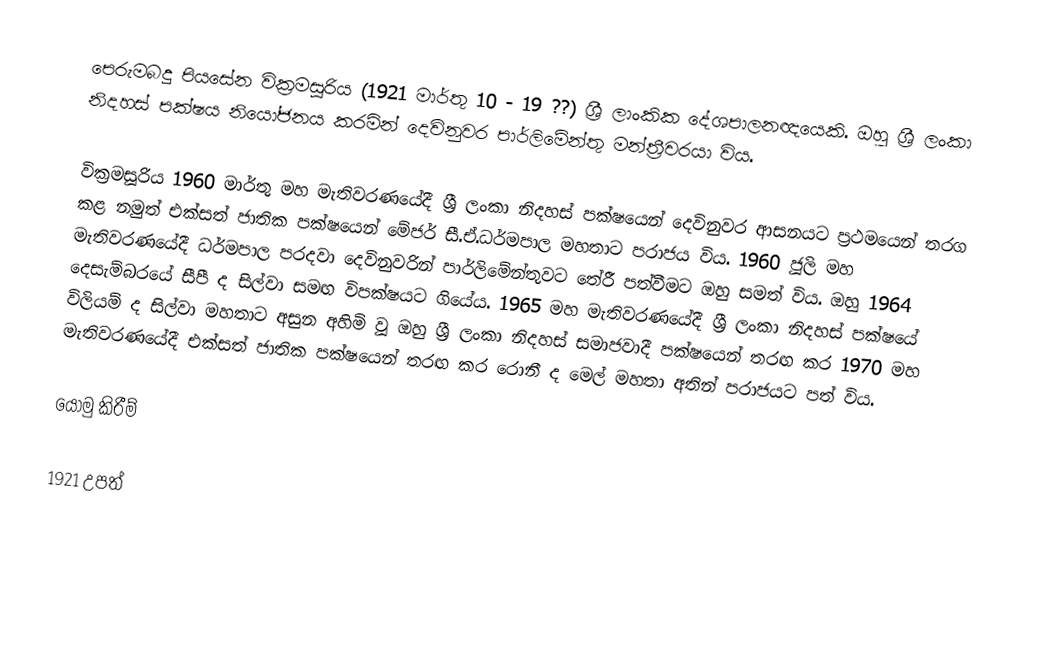
පෙරුමබදු පියසේන වික්‍රමසූරිය (1921 මාර්තු 10 - 19 ??) ශ්‍රී ලාංකික දේශපාලනඥයෙකි. ඔහු ශ්‍රී ලංකා නිදහස් පක්ෂය නියෝජනය කරමින් දෙවිනුවර පාර්ලිමේන්තු මන්ත්‍රීවරයා විය.

වික්‍රමසූරිය 1960 මාර්තු මහ මැතිවරණයේදී ශ්‍රී ලංකා නිදහස් පක්ෂයෙන් දෙවිනුවර ආසනයට ප්‍රථමයෙන් තරග කළ නමුත් එක්සත් ජාතික පක්ෂයෙන් මේජර් සී.ඒ.ධර්මපාල මහතාට පරාජය විය. 1960 ජූලි මහ මැතිවරණයේදී ධර්මපාල පරදවා දෙවිනුවරින් පාර්ලිමේන්තුවට තේරී පත්වීමට ඔහු සමත් විය. ඔහු 1964 දෙසැම්බරයේ සීපී ද සිල්වා සමඟ විපක්ෂයට ගියේය. 1965 මහ මැතිවරණයේදී ශ්‍රී ලංකා නිදහස් පක්ෂයේ විලියම් ද සිල්වා මහතාට අසුන අහිමි වූ ඔහු ශ්‍රී ලංකා නිදහස් සමාජවාදී පක්ෂයෙන් තරඟ කර 1970 මහ මැතිවරණයේදී එක්සත් ජාතික පක්ෂයෙන් තරඟ කර රොනී ද මෙල් මහතා අතින් පරාජයට පත් විය.

යොමු කිරීම්

1921 උපත්